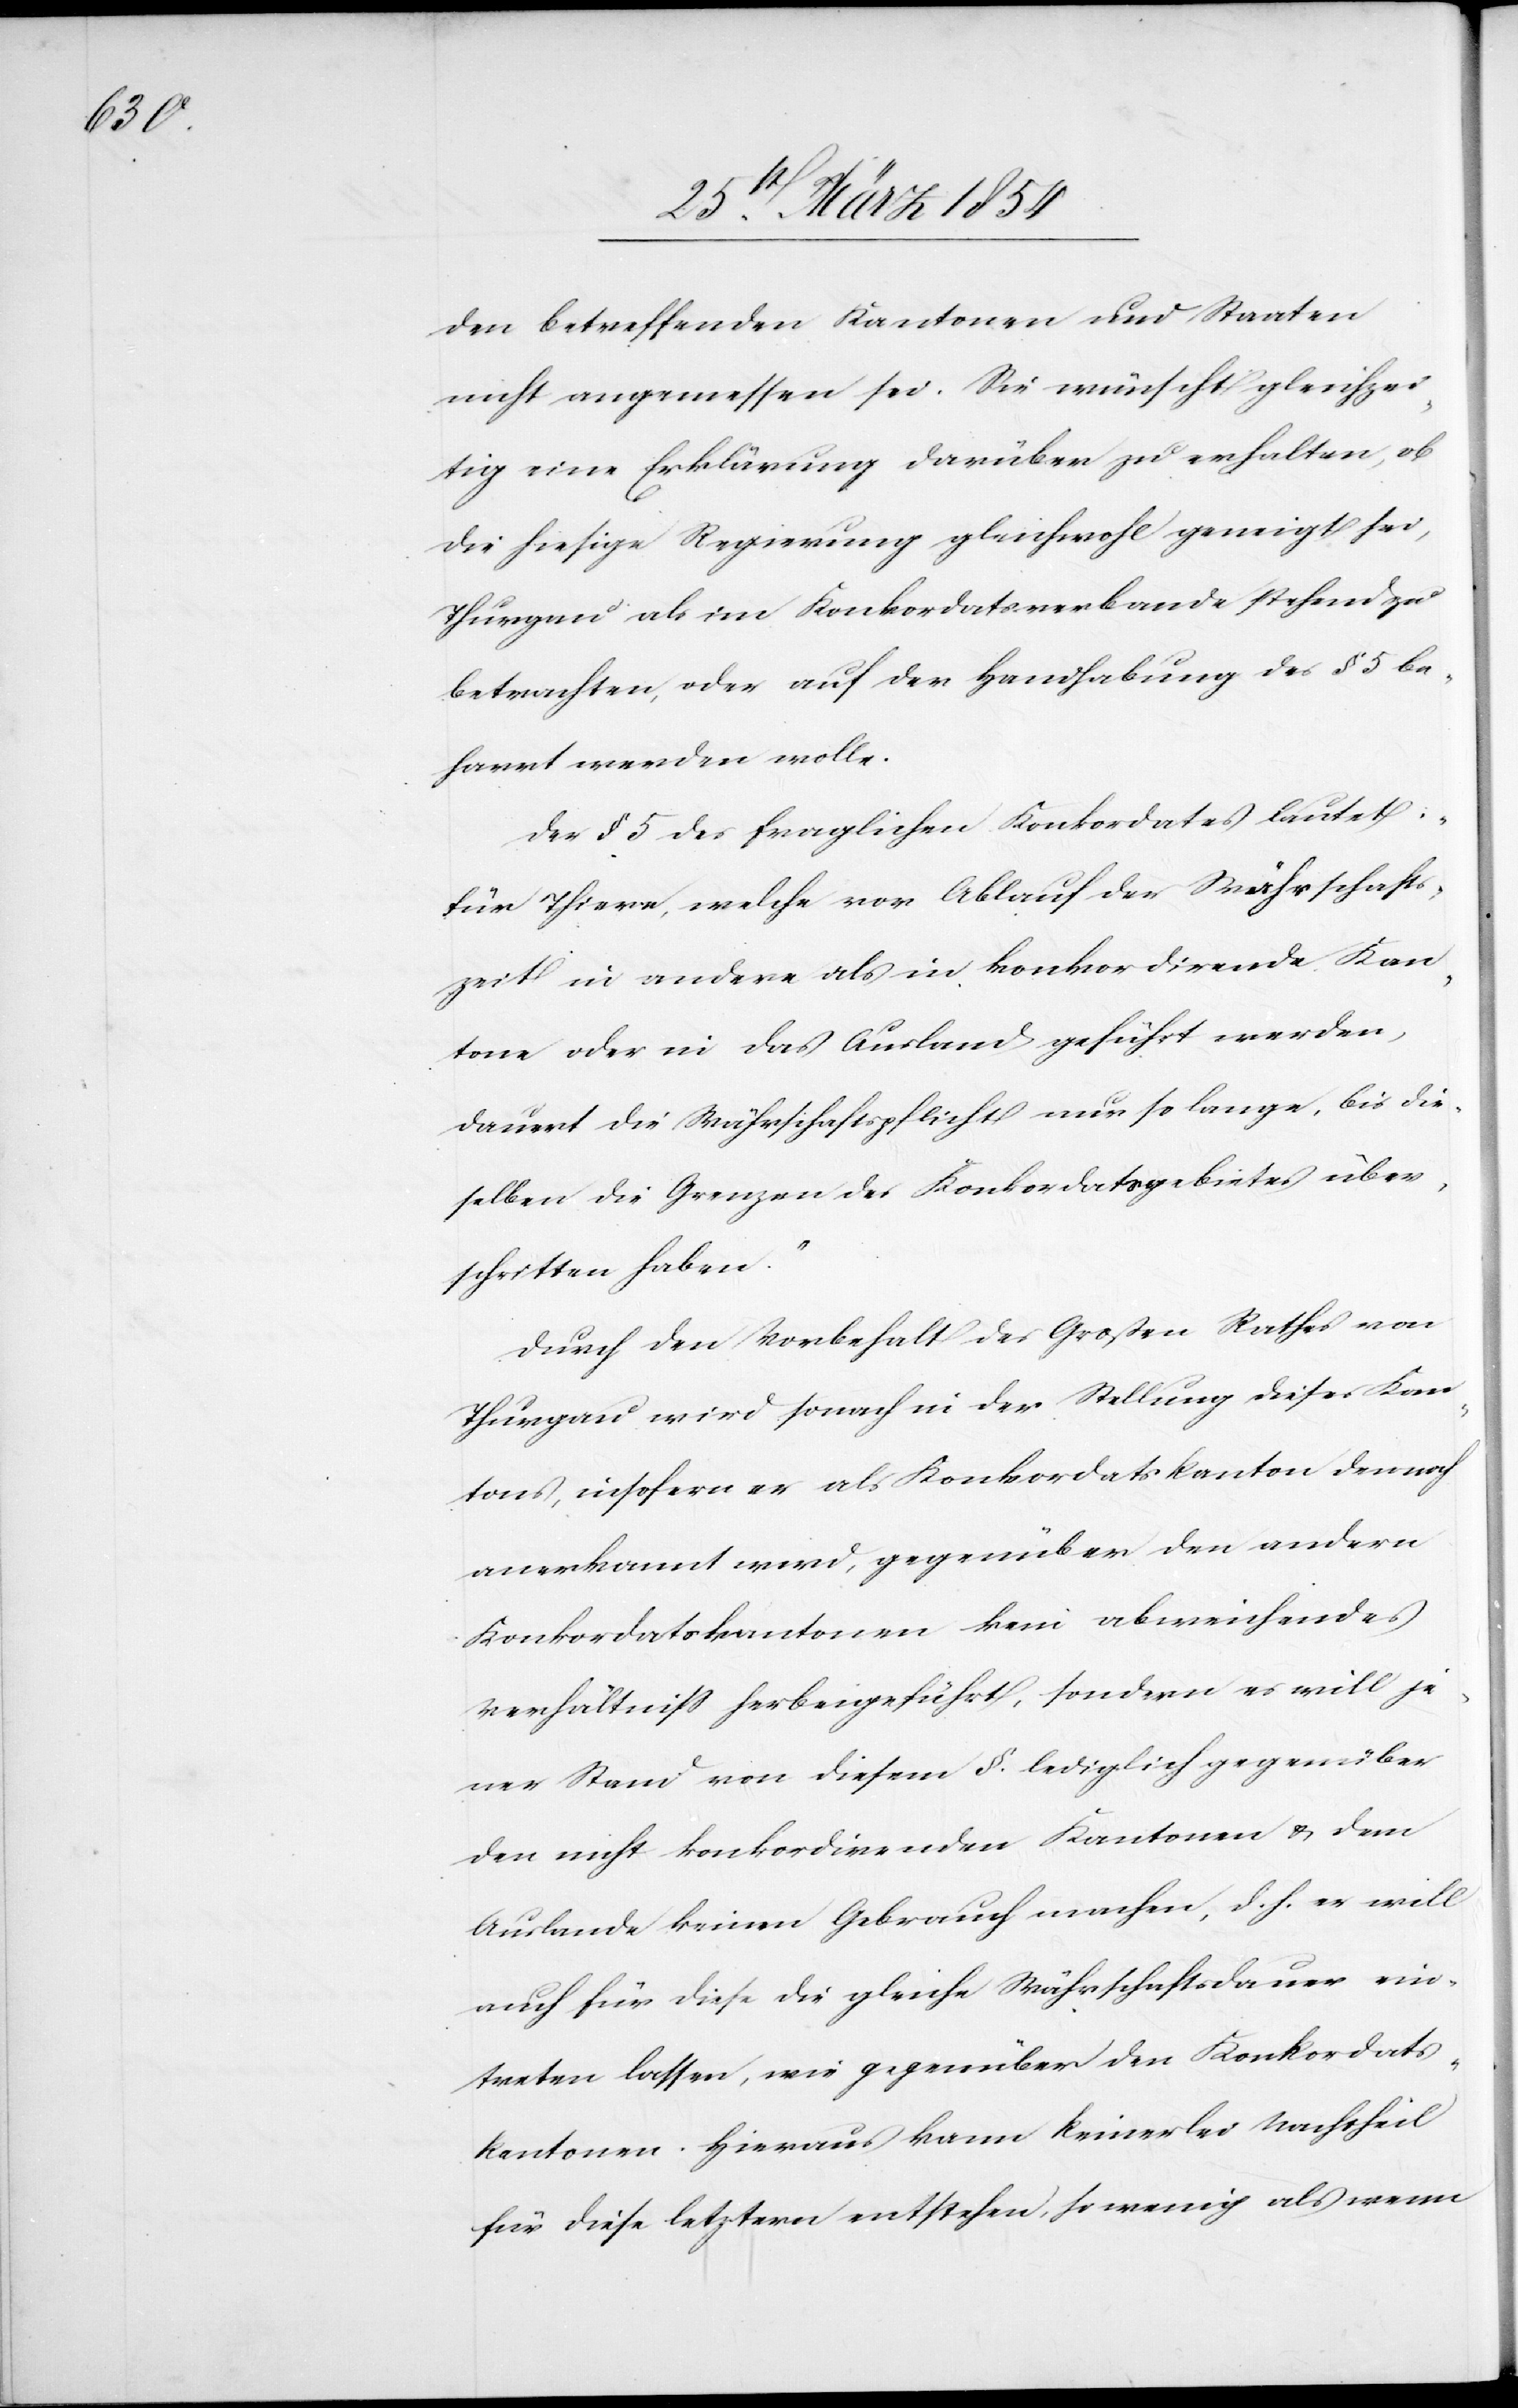
den betreffenden Kantonen und Staaten
nicht angemessen sei. Sie wünscht gleichzei¬
tig eine Erklärung darüber zu erhalten, ob
die hiesige Regierung gleichwohl geneigt sei,
Thurgau als im Konkordatsverbande stehend zu
betrachten, oder auf der Handhabung des § 5 be¬
harrt werden wolle.
Der § 5 des fraglichen Konkordates lautet:
„Für Thiere, welche vor Ablauf der Währschafts¬
zeit in andere als in konkordirende Kan¬
tone oder in das Ausland geführt werden,
dauert die Währschaftspflicht nur so lange, bis die¬
selben die Grenzen des Konkordatsgebietes über¬
schritten haben.“
Durch den Vorbehalt des Großen Rathes von
Thurgau wird sonach in der Stellung dieses Kan¬
tons, insofern er als Konkordatskanton dennoch
anerkannt wird, gegenüber den andern
Konkordatskantonen kein abweichendes
Verhältniß herbeigeführt, sondern es will je¬
ner Stand von diesem §. lediglich gegenüber
den nicht konkordirenden Kantone u. dem
Auslande keinen Gebrauch machen, d. h. er will
auch für diese die gleiche Währschaftsdauer ein¬
treten lassen, wie gegenüber den Konkordats¬
kantonen. Hieraus kann keinerlei Nachtheil
für diese letztern entstehen, so wenig als wenn